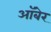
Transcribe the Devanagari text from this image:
ऑबेर